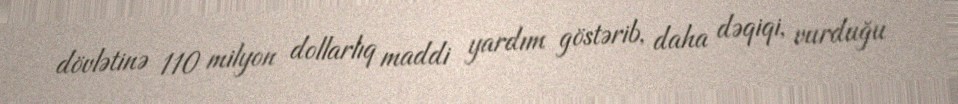
dövlətinə 110 milyon dollarlıq maddi yardım göstərib, daha dəqiqi, vurduğu